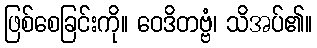
ဖြစ်စေခြင်းကို။ ဝေဒိတဗ္ဗံ၊ သိအပ်၏။